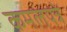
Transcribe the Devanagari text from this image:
कमलपत्रे